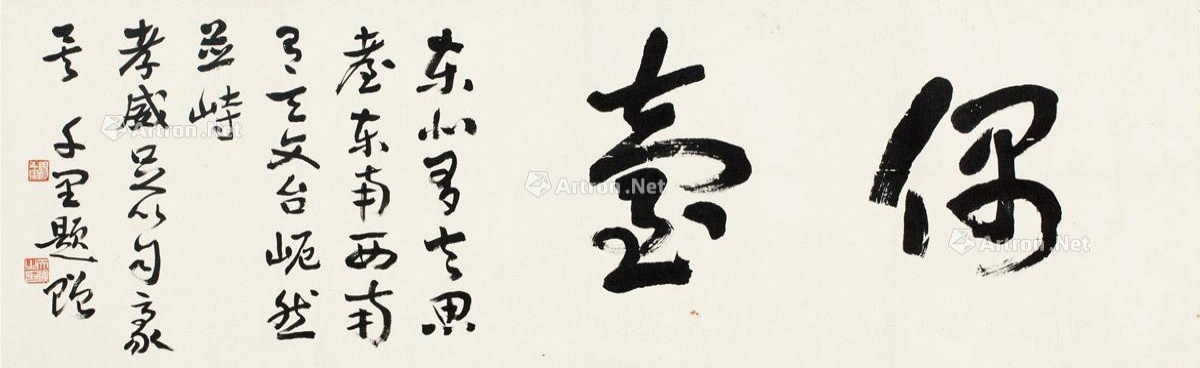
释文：偶台。东北有去思台，东南西南有天文台，□然并峙。孝威足以自豪矣。千里题赠。